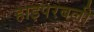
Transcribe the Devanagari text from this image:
हाइपरबली